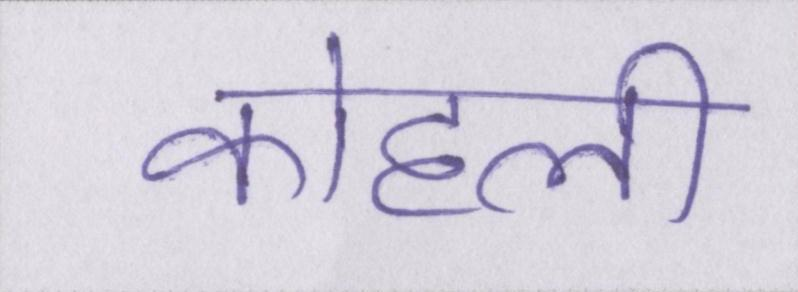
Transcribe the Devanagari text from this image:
कोहली